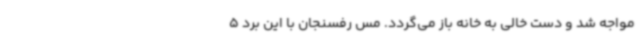
مواجه شد و دست خالی به خانه باز می‌گردد. مس رفسنجان با این برد 5